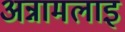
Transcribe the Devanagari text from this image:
अन्नामलाइ